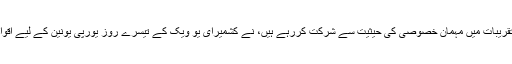
وزیراعظم آزاد جموں و کشمیر راجہ فاروق حیدر خان جو ان تقریبات میں مہمان خصوصی کی حیثیت سے شرکت کررہے ہیں، نے کشمیرای یو ویک کے تیسرے روز یورپی یونین کے لیے اقوام متحدہ کے قائم مقام نمائندہ پال ڈی آوچامپ سے ملاقات کی۔